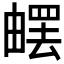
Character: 𤳄